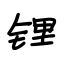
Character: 锂